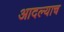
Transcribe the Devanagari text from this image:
आदल्याच